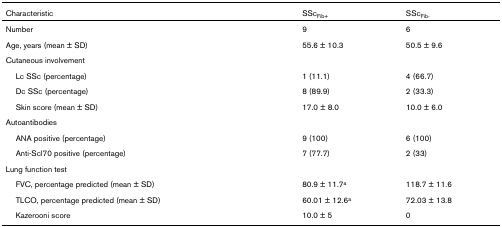
| Characteristic | SScFib+ | SScFib- |
 | --- | --- | --- |
 | Number | 9 | 6 |
 | Age, years (mean ± SD) | 55.6 ± 10.3 | 50.5 ± 9.6 |
 | Cutaneous involvement |  |  |
 | Lc SSc (percentage) | 1 (11.1) | 4 (66.7) |
 | Dc SSc (percentage) | 8 (89.9) | 2 (33.3) |
 | Skin score (mean ± SD) | 17.0 ± 8.0 | 10.0 ± 6.0 |
 | Autoantibodies |  |  |
 | ANA positive (percentage) | 9 (100) | 6 (100) |
 | Anti-Scl70 positive (percentage) | 7 (77.7) | 2 (33) |
 | Lung function test |  |  |
 | FVC, percentage predicted (mean ± SD) | 80.9 ± 11.7a | 118.7 ± 11.6 |
 | TLCO, percentage predicted (mean ± SD) | 60.01 ± 12.6a | 72.03 ± 13.8 |
 | Kazerooni score | 10.0 ± 5 | 0 |